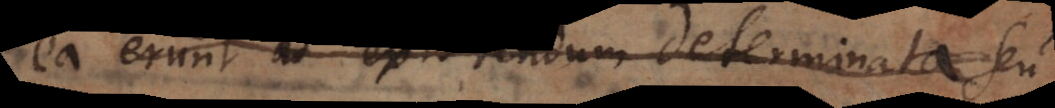
ea erunt ad existendum determinata seu